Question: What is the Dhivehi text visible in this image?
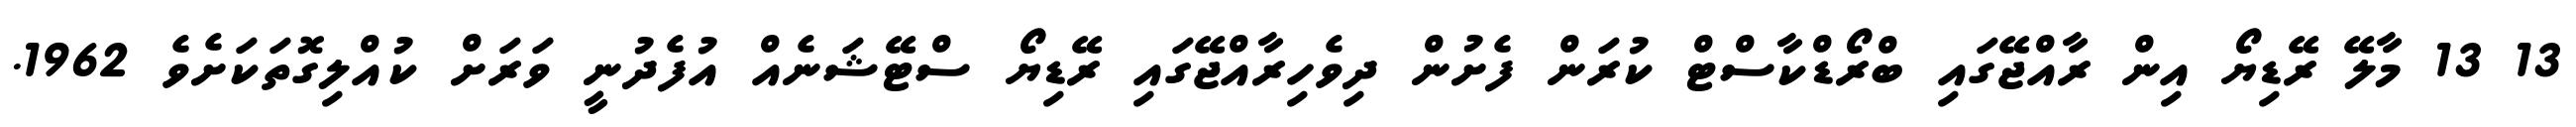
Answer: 13 13 މާލޭ ރޭޑިޔޯ އިން ރާއްޖޭގައި ބްރޯޑްކާސްޓް ކުރަން ފެށުން ދިވެހިރާއްޖޭގައި ރޭޑިޔޯ ސްޓޭޝަނެއް އުފެދުނީ ވަރަށް ކުއްލިގޮތަކަށެވެ 1962.